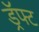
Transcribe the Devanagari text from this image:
ड्रॅफ्ट